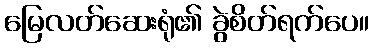
မြေလတ်ဆေးရုံ၏ ခွဲစိတ်ရက်ပေ။